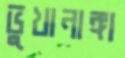
ভুখানাঙ্গা